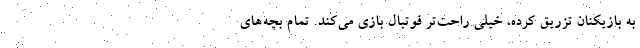
به بازیکنان تزریق کرده، خیلی راحت‌تر فوتبال بازی می‌کند. تمام بچه‌های